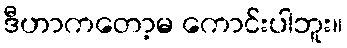
ဒီဟာကတော့မ ကောင်းပါဘူး။